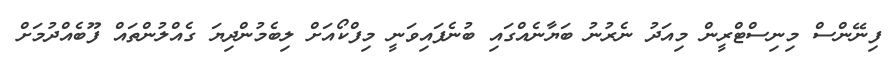
ފިނޭންސް މިނިސްޓްރީން މިއަދު ނެރުނު ބަޔާނެއްގައި ބުނެފައިވަނީ މިފްކޯއަށް ލިބެމުންދިޔަ ގެއްލުންތައް ފޫބެއްދުމަށް